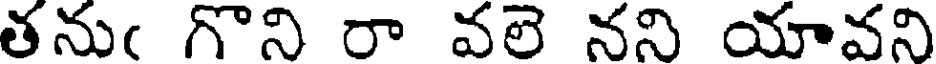
తనుఁ గొని రా వలె నని యావని